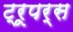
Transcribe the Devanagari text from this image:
ट्रूपर्स